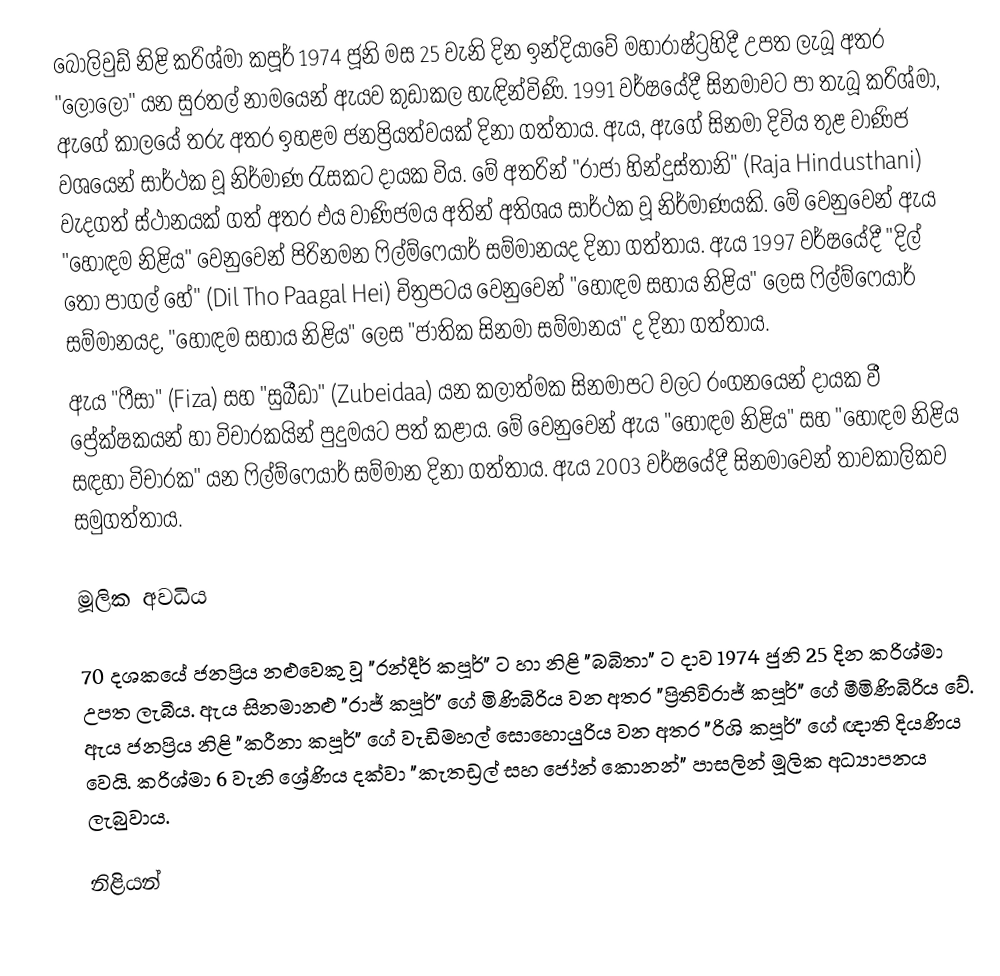
බොලිවුඩ් නිළි කරිශ්මා කපූර් 1974 ජූනි මස 25 වැනි දින ඉන්දියාවේ මහාරාෂ්ට්‍රහිදී උපත ලැබූ අතර "ලොලෝ" යන සුරතල් නාමයෙන් ඇයව කුඩාකල හැඳින්විණි. 1991 වර්ෂයේදී සිනමාවට පා තැබූ කරිශ්මා, ඇගේ කාලයේ තරු අතර ඉහළම ජනප්‍රියත්වයක් දිනා ගත්තාය. ඇය, ඇගේ සිනමා දිවිය තුළ වාණිජ වශයෙන් සාර්ථක වූ නිර්මාණ රැසකට දායක විය. මේ අතරින් "රාජා හින්දුස්තානි" (Raja Hindusthani) වැදගත් ස්ථානයක් ගත් අතර එය වාණිජමය අතින් අතිශය සාර්ථක වූ නිර්මාණයකි. මේ වෙනුවෙන් ඇය "හොඳම නිළිය" වෙනුවෙන් පිරිනමන ෆිල්ම්ෆෙයාර් සම්මානයද දිනා ගත්තාය. ඇය 1997 වර්ෂයේදී "දිල් තෝ පාගල් හේ" (Dil Tho Paagal Hei) චිත්‍රපටය වෙනුවෙන් "හොඳම සහාය නිළිය" ලෙස ෆිල්ම්ෆෙයාර් සම්මානයද, "හොඳම සහාය නිළිය" ලෙස "ජාතික සිනමා සම්මානය" ද දිනා ගත්තාය.
ඇය "ෆීසා" (Fiza) සහ "සුබීඩා" (Zubeidaa) යන කලාත්මක සිනමාපට වලට රංගනයෙන් දායක වී ප්‍රේක්ෂකයන් හා විචාරකයින් පුදුමයට පත් කළාය. මේ වෙනුවෙන් ඇය "හොඳම නිළිය" සහ "හොඳම නිළිය සඳහා විචාරක" යන ෆිල්ම්ෆෙයාර් සම්මාන දිනා ගත්තාය. ඇය 2003 වර්ෂයේදී සිනමාවෙන් තාවකාලිකව සමුගත්තාය.

මූලික අවධිය

70 දශකයේ ජනප්‍රිය නළුවෙකු වූ "රන්දීර් කපූර්" ට හා නිළි "බබිතා" ට දාව 1974 ජුනි 25 දින කරිශ්මා උපත ලැබීය. ඇය සිනමානළු "රාජ් කපූර්" ගේ මිණිබිරිය වන අතර "ප්‍රිතිවිරාජ් කපූර්" ගේ මීමිණිබිරිය වේ. ඇය ජනප්‍රිය නිළි "කරීනා කපූර්" ගේ වැඩිමහල් සොහොයුරිය වන අතර "රිශි කපූර්" ගේ ඥාති දියණිය වෙයි. කරිශ්මා 6 වැනි ශ්‍රේණිය දක්වා "කැතඩ්‍රල් සහ ජෝන් කොනන්" පාසලින් මූලික අධ්‍යාපනය ලැබුවාය.

නිළියන්